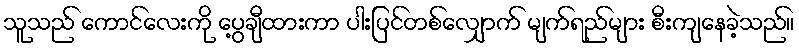
သူသည် ကောင်လေးကို ပွေ့ချီထားကာ ပါးပြင်တစ်လျှောက် မျက်ရည်များ စီးကျနေခဲ့သည်။